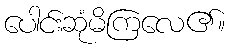
ပေါင်းဆုံမိကြလေ၏။